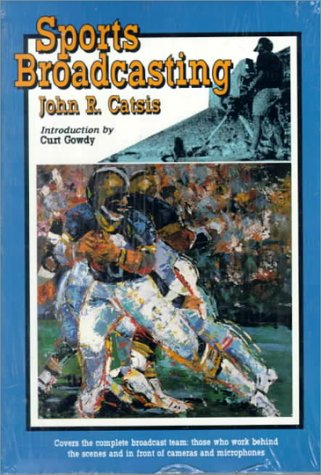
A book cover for Sports Broadcasting; John Catsis; Sports & Outdoors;